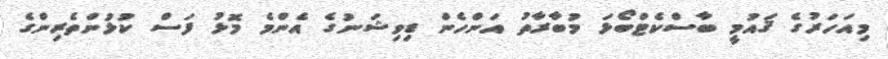
މިއަހަރުގެ ޤައުމީ ބާސްކެޓްބޯޅަ މުބާރާތު އަންހެން ޑިވިޝަނުގެ އެންމެ މޮޅު ފަސް ކުޅުންތެރިންގެ